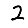
Digit: 2